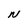
Character: N